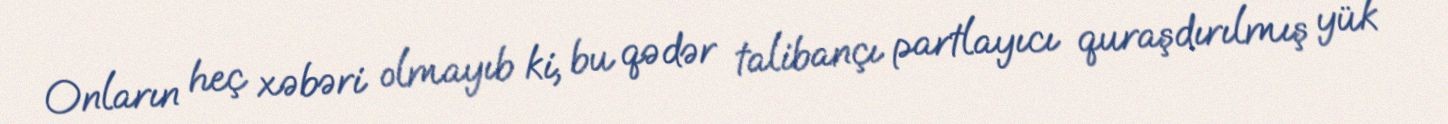
Onların heç xəbəri olmayıb ki, bu qədər talibançı partlayıcı quraşdırılmış yük